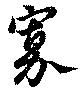
寡